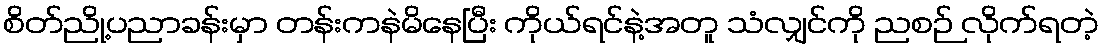
စိတ်ညို့ပညာခန်းမှာ တန်းကနဲမိနေပြီး ကိုယ်ရင်နဲ့အတူ သံလျှင်ကို ညစဉ် လိုက်ရတဲ့